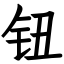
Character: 钮